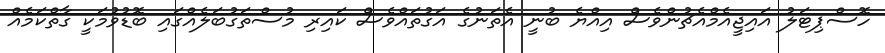
ހޮސްޕިޓަލު އައިޖީއެމްއެޗުންވެސް އިއްޔެ ބުނީ އެތަނުގެ އަގުތައްވެސް ކައިރި މުސްތަގުބަލެއްގައި ބޮޑުވުމަކީ ގާތްކަމެއް